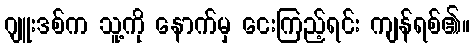
ဂျူးဒစ်က သူ့ကို နောက်မှ ငေးကြည့်ရင်း ကျန်ရစ်၏။